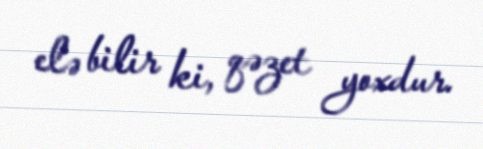
elə bilir ki, qəzet yoxdur.